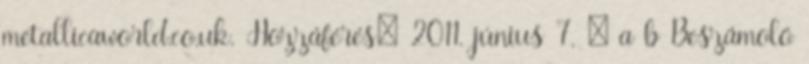
metallicaworld.co.uk. Hozzáférés: 2011. június 7. ↑ a b Beszámoló